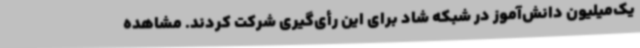
یک‌میلیون دانش‌آموز در شبکه شاد برای این رأی‌گیری شرکت کردند. مشاهده